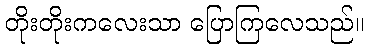
တိုးတိုးကလေးသာ ပြောကြလေသည်။